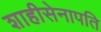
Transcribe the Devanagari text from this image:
शाहीसेनापति